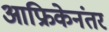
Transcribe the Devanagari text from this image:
आफ्रिकेनंतर